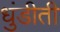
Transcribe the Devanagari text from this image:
धुंडीती